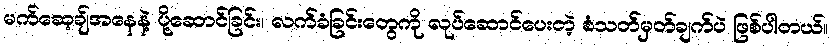
မက်ဆေ့ချ်အနေနဲ့ ပို့ဆောင်ခြင်း၊ လက်ခံခြင်းတွေကို လုပ်ဆောင်ပေးတဲ့ စံသတ်မှတ်ချက်ပဲ ဖြစ်ပါတယ်။